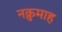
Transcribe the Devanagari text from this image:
नक्रुमाह